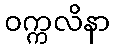
ဝက္ကလိနာ